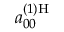
a _ { 0 0 } ^ { ( 1 ) \mathrm { H } }